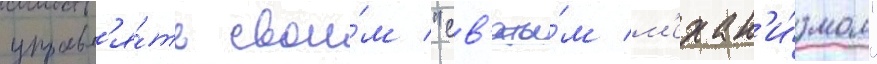
управл'я́ть свои́м "св'яты́м м'ехан'и́змом"